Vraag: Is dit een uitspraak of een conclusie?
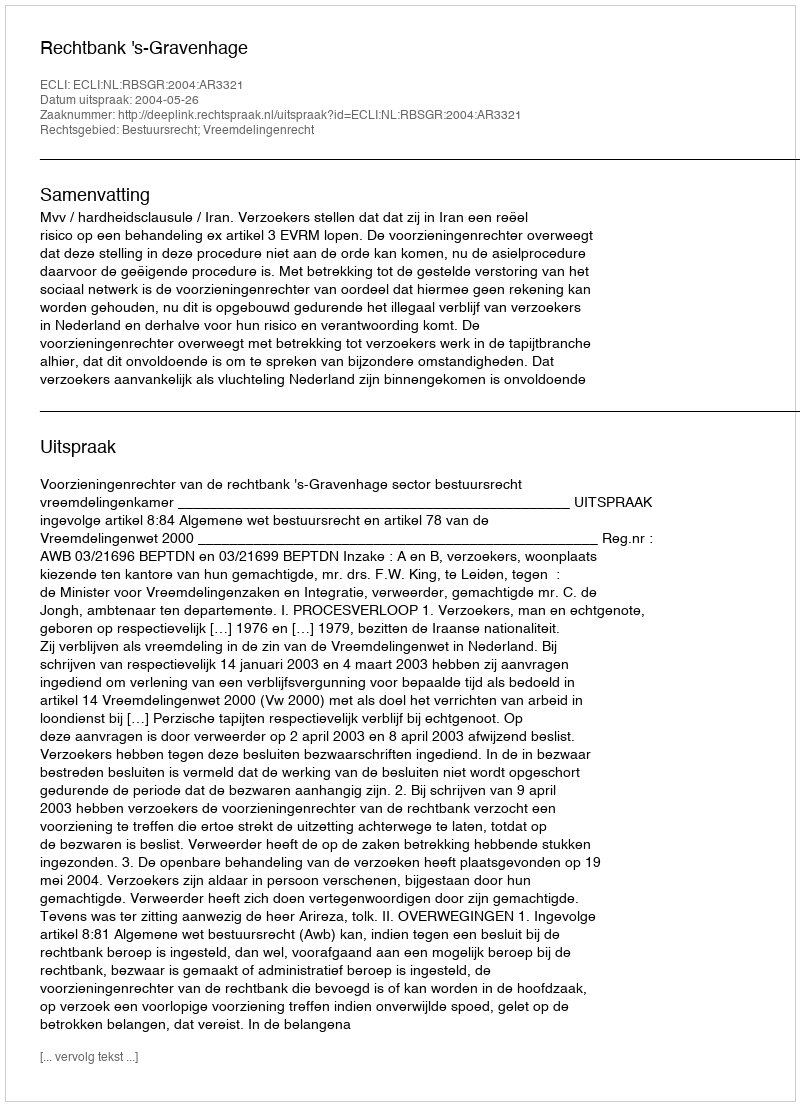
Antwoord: Uitspraak